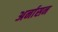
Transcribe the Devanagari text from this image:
अर्नासन